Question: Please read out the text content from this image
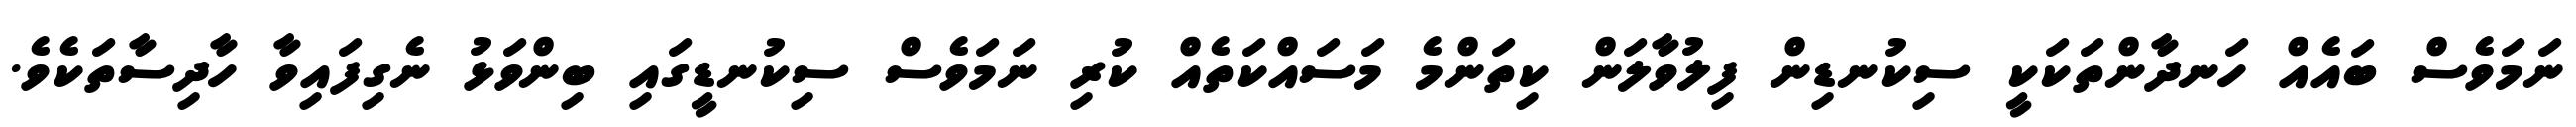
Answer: ނަމަވެސް ބައެއް ހަނދާންތަކަކީ ސިކުނޑިން ފިލުވާލަން ކިތަންމެ މަސައްކަތެއް ކުރި ނަމަވެސް ސިކުނޑީގައި ބިންވަޅު ނެގިފައިވާ ހާދިސާތަކެވެ.